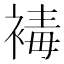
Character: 𧛔